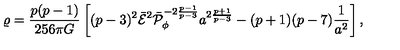
\varrho = { \frac { p ( p - 1 ) } { 2 5 6 \pi G } } \left[ ( p - 3 ) ^ { 2 } \bar { \cal E } ^ { 2 } \bar { \cal P } _ { \phi } ^ { - 2 { \frac { p - 1 } { p - 3 } } } a ^ { 2 { \frac { p + 1 } { p - 3 } } } - ( p + 1 ) ( p - 7 ) { \frac { 1 } { a ^ { 2 } } } \right] ,